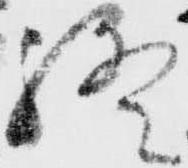
終